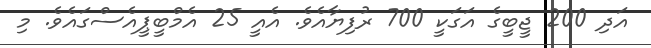
އަދި 200 ޖީބީގެ އަގަކީ 700 ރުފިޔާއެވެ. އެއީ 25 އެމްބީޕީއެސްގައެވެ. މި